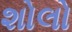
શોલો